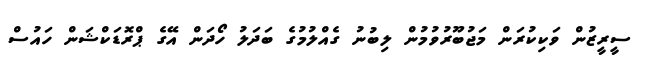
ސީރީޒުން ވަކިކުރަން މަޖުބޫރުވުމުން ލިބުނު ގެއްލުމުގެ ބަދަލު ހޯދަން އޭގެ ޕްރޮޑަކްޝަން ހައުސް